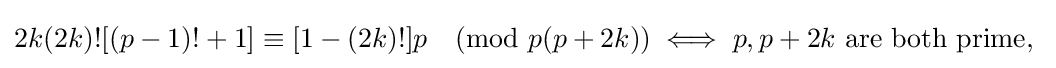
2k(2k)![(p-1)!+1]\equiv [1-(2k)!]p{\pmod {p(p+2k)}}\iff p,p+2k{\text{ are both prime, }}